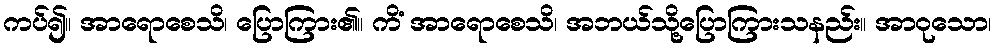
ကပ်၍။ အာရောစေသိ၊ ပြောကြား၏။ ကိံ အာရောစေသိ၊ အဘယ်သို့ပြောကြားသနည်း။ အာဝုသော၊